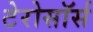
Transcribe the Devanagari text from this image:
टेरोसॉर्स